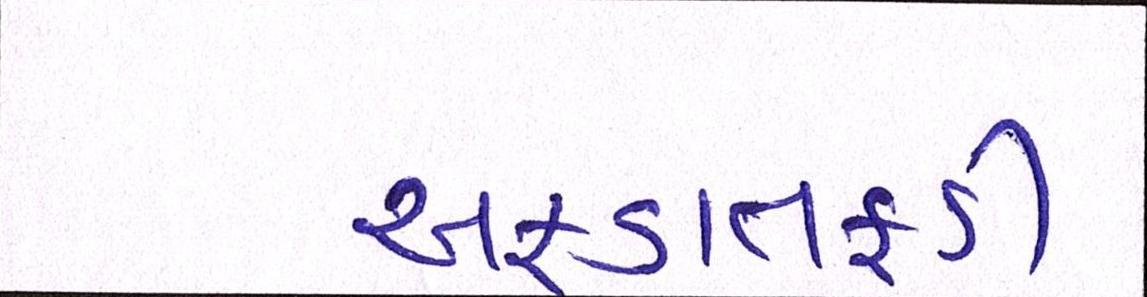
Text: અફડાતફડી